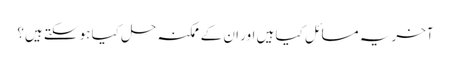
آخر یہ مسائل کیا ہیں اور ان کے ممکنہ حل کیا ہو سکتے ہیں؟